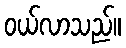
ဝယ်လာသည်။